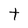
Character: t